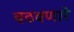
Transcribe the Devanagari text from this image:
वठवणारे